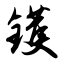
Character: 镬